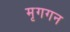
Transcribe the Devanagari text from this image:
मृगगन